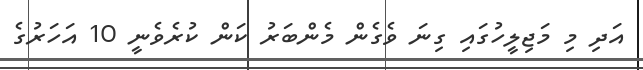
އަދި މި މަޖިލީހުގައި ގިނަ ވެގެން މެންބަރު ކަން ކުރެވެނީ 10 އަހަރުގެ